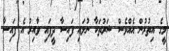
މީގެ އިތުރުން އެއްވެސް ޝަރުތަކާ ނުލައި ފައިސާ ދީފައި ވާއިރު އެ ފައިސާ